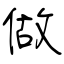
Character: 做